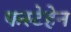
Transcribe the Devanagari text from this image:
फस्टेहेन